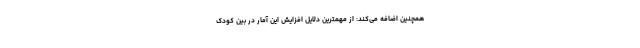
همچنین اضافه می‌کند: از مهمترین دلایل افزایش این آمار در بین کودک